Leaving Certificate, 1898
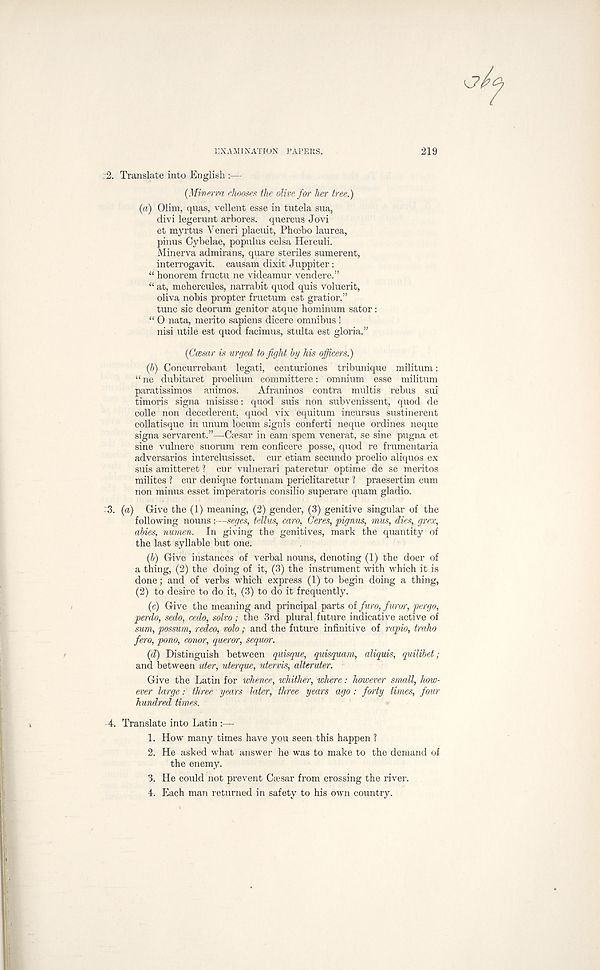
] :XAM1 NATION PAPERS.
219
:2. Translate into English :—
{Minerva chooses the olive for her tree.)
{a) Olim, quas, vellent esse in tutela sua,
clivi legerunt arbores. quercus Jovi
et myrtus Yeneri placuit, Phoebo laurea,
pinus Cybelae, populus celsa Herculi.
Minerva admirans, quare steriles sumerent,
interrogavit. causam dixit Juppiter:
“ honorem fructu ne videamur vendere.”
“ at, mehercules, narrabit quod quis voluerit,
oliva nobis propter fructum est gratior.”
tunc sic deorum genitor atque hominum sator :
“ O nata, inerito sapiens dicere omnibus !
nisi utile est quod facimus, stulta est gloria.”
(Ccesar is urged to fight hy his ojficers.)
(b)
Concurrebant legati, cen
“ ne dubitaret proelium eommittere: omnium esse militum
paratissimos animos.
Afraninos contra multis rebus sui
timoris signa misisse: quod suis non subvenissent, quod de
colie non decederent. quod vix equitum incursus sustinerent
collatisque in unum locum signis conferti neque ordines neque
signa servarent.”—-Csesar in earn spem venerat, se sine pugna et
sine vulnere suorum rem conficere posse, quod re frumentaria
adversaries interclusisset. cur etiarn secundo proelio aliquos ex
suis amitteret ? cur vulnerari pateretur optime de se meritos
milites ? cur denique fortunam periclitaretur ? praesertim cum
non minus esset imperatoris consilio superare quam gladio.
•'3. (a) Give the (1) meaning, (2) gender, (3) genitive singular of the
following nouns:—seges, tellus, caro, Ceres, pignus, mm, dies, grex,
abies, numen. In giving the genitives, mark the quantity of
the last syllable but one.
(b) Give instances of verbal nouns, denoting (1) the doer of
a thing, (2) the doing of it, (3) the instrument with which it is
done; and of verbs which express (1) to begin doing a thing,
(2) to desire to do it, (3) to do it frequently.
(c) Give the meaning and principal parts of furo, furor’, pergo,
perdo, sedo, cedo, solvo; the 3rd plural future indicative active of
sum, possum, redeo, volo; and the future infinitive of rapio, traho
few, pono, conor, queror, sequor.
(d) Distinguish between quisque, quisquam, aliquis, quilibet;
and between uter, uterque, utervis, alteruter.
Give the Latin for whence, whither, where: however small, how-
ever large: three years later, three years ago: forty times, four
hundred times.
4. Translate into Latin :—
1. How many times have you seen this happen ?
2. He asked what answer he was to make to the demand of
the enemy.
3. He could not prevent Caesar from crossing the river.
4. Each man returned in safety to his own country.